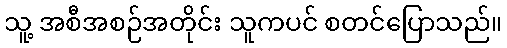
သူ့ အစီအစဉ်အတိုင်း သူကပင် စတင်ပြောသည်။